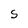
Character: S